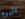
اليوم